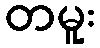
တမူး